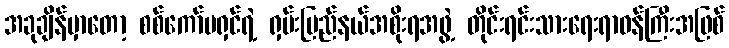
အခုချိန်မှာတော့ စစ်ကော်မရှင်ရဲ့ ရှမ်းပြည်နယ်အစိုးရအဖွဲ့ တိုင်းရင်းသားရေးရာဝန်ကြီးအဖြစ်